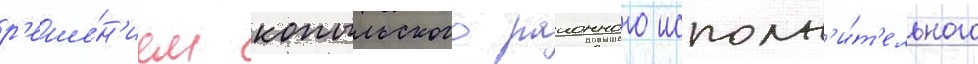
р'еше́н'ием копыльского раионного исполн'и́т'ельного